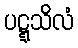
ပဋ္ဋသိလံ